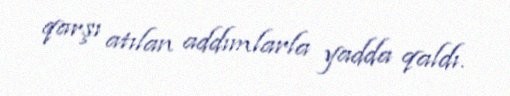
qarşı atılan addımlarla yadda qaldı.